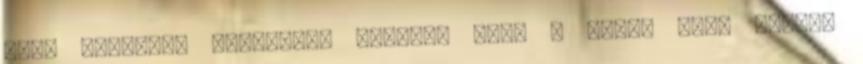
mert Valtteri Bottasnak annyira fájt a háta, hogy emiatt